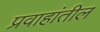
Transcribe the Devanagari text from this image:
प्रवाहांतील